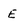
Character: E